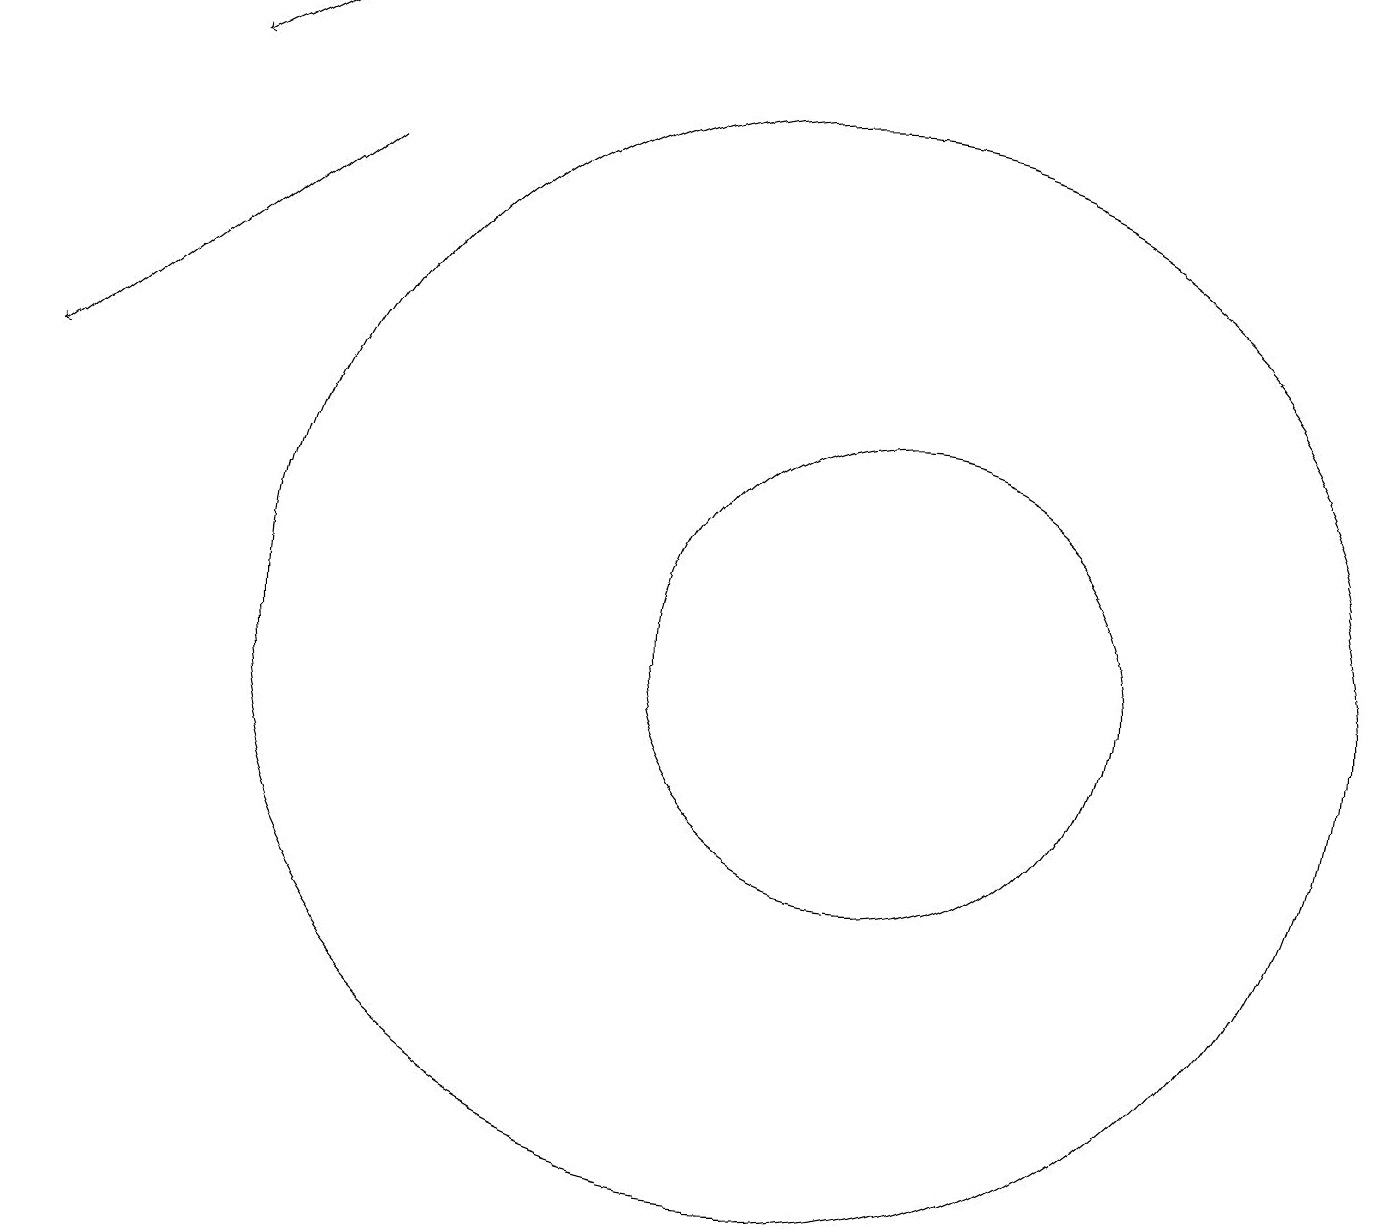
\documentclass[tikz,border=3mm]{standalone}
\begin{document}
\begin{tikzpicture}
\draw (10,11) circle (7);
\draw[->] (4,19) -- (2,18);
\draw (11,11) circle (3);
\draw[->] (4,17) -- (0,14);
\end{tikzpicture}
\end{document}